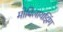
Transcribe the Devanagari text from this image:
मोबिलायझिंग